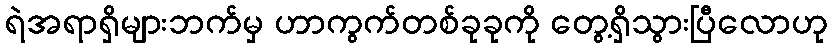
ရဲအရာရှိများဘက်မှ ဟာကွက်တစ်ခုခုကို တွေ့ရှိသွားပြီလောဟု